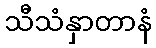
သီသံနှာတာနံ